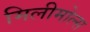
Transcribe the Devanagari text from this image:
मिलीमोल्स